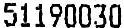
51190030